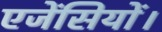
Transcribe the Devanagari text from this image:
एजेंसियों।